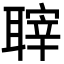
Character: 䏁